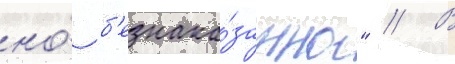
но́ б'езнака́занно" // В